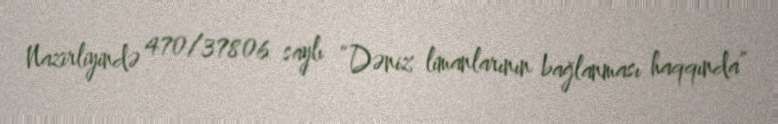
Nazirliyində 470/37806 saylı “Dəniz limanlarının bağlanması haqqında”